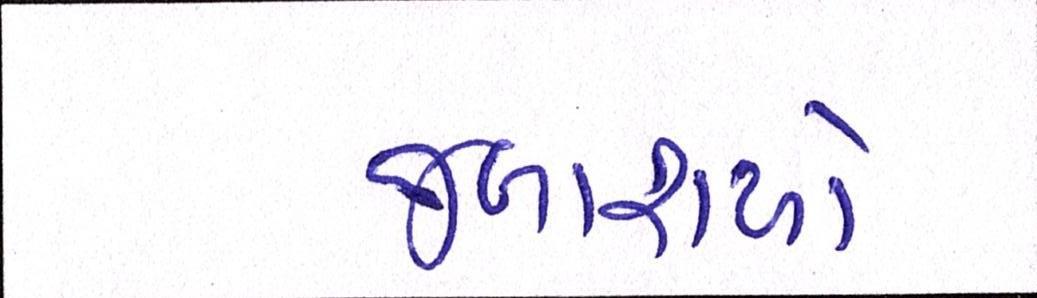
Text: જળાશયો